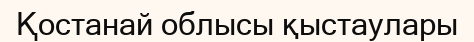
Қостанай облысы қыстаулары